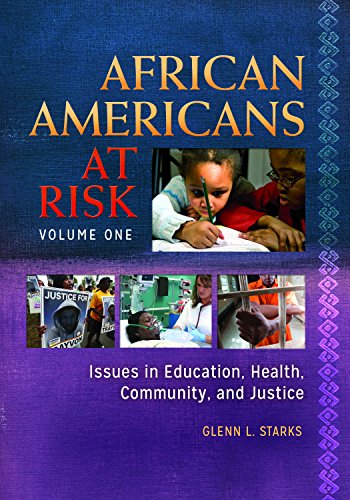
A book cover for African Americans at Risk [2 volumes]: Issues in Education, Health, Community, and Justice; Glenn L. Starks; Politics & Social Sciences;